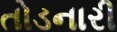
તોડનારી